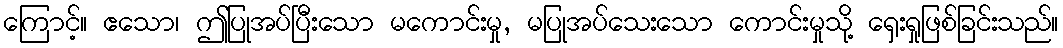
ကြောင့်။ ဧသော၊ ဤပြုအပ်ပြီးသော မကောင်းမှု, မပြုအပ်သေးသော ကောင်းမှုသို့ ရှေးရှုဖြစ်ခြင်းသည်။